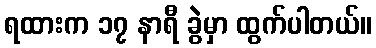
ရထားက ၁၇ နာရီ ခွဲမှာ ထွက်ပါတယ်။